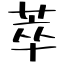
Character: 萃